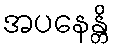
အပနေန္တိ